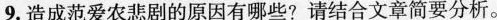
9.造成范爱农悲剧的原因有哪些?请结合文章简要分析。